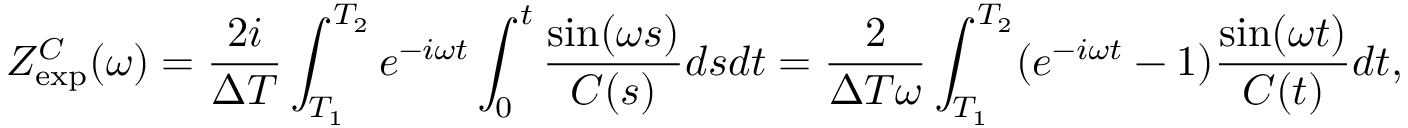
Z _ { \mathrm { e x p } } ^ { C } ( \omega ) = \frac { 2 i } { \Delta T } \int _ { T _ { 1 } } ^ { T _ { 2 } } e ^ { - i \omega t } \int _ { 0 } ^ { t } \frac { \sin ( \omega s ) } { C ( s ) } d s d t = \frac { 2 } { \Delta T \omega } \int _ { T _ { 1 } } ^ { T _ { 2 } } ( e ^ { - i \omega t } - 1 ) \frac { \sin ( \omega t ) } { C ( t ) } d t ,